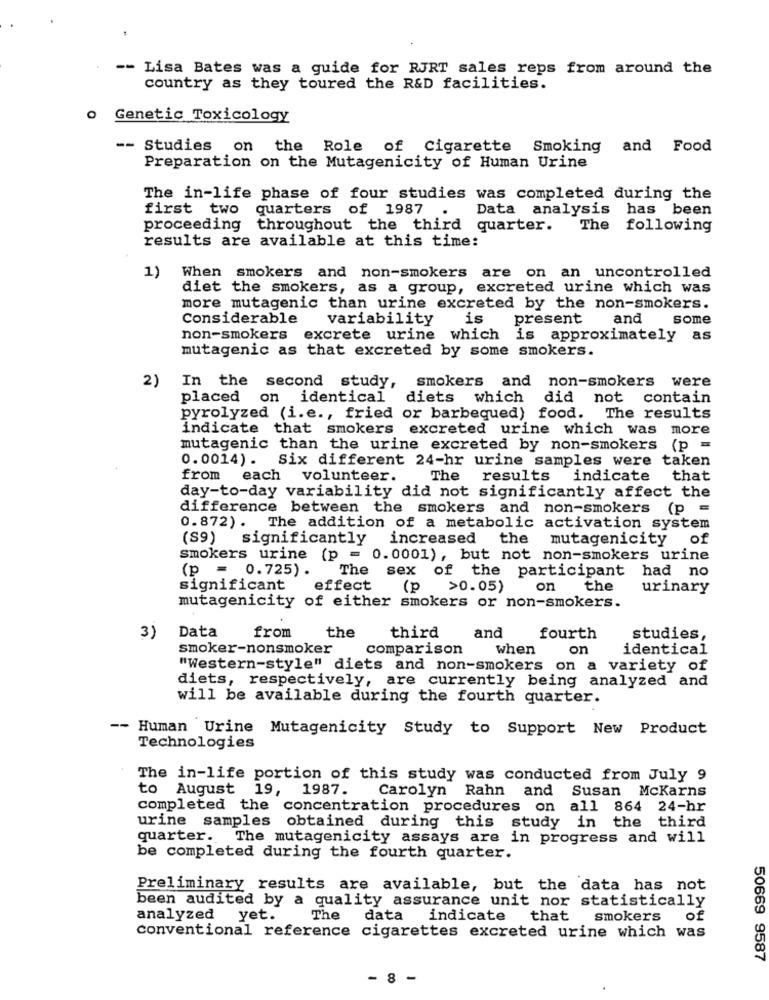
-- Lisa Bates was a guide for RJRT sales reps from around the
country as they toured the R&D facilities.
o Genetic Toxicology
-- Studies on the Role of Cigarette Smoking and Food
Preparation on the Mutagenicity of Human Urine
The in-life phase of four studies was completed during the
first two quarters of 1987
Data analysis has been
proceeding throughout the third quarter.
The
following
results are available at this time:
1) When smokers and non-smokers are on an uncontrolled
diet the smokers, as a group, excreted urine which was
more mutagenic than urine excreted by the non-smokers.
Considerable
variability
is
present
and
some
non-smokers
excrete urine which is approximately as
mutagenic as that excreted by some smokers.
2)
smokers and non-smokers were
In the second study,
placed on identical
diets which
did
not contain
pyrolyzed (i.e ., fried or barbequed) food. The results
indicate that smokers
excreted urine which was more
mutagenic than the urine excreted by non-smokers (p =
0.0014) .
Six different 24-hr urine samples were taken
from
each volunteer.
The results
indicate
that
day-to-day variability did not significantly affect the
difference between the smokers and non-smokers (p =
0.872). The addition of a metabolic activation system
(S9)
significantly increased
the
mutagenicity of
smokers urine (p = 0.0001), but not non-smokers urine
(p = 0.725).
The sex of the participant had no
significant
effect
(p
>0.05)
on
the
urinary
mutagenicity of either smokers or non-smokers.
Data
3)
from
the
third
and
fourth
studies,
smoker-nonsmoker
comparison
when
on
identical
"Western-style" diets and non-smokers on a variety of
diets, respectively, are currently being analyzed and
will be available during the fourth quarter.
-- Human Urine Mutagenicity Study to Support New Product
Technologies
The in-life portion of this study was conducted from July 9
to August 19, 1987.
Carolyn Rahn and Susan McKarns
completed the concentration procedures on all 864 24-hr
urine samples obtained during this study in the third
quarter. The mutagenicity assays are in progress and will
be completed during the fourth quarter.
Preliminary results are available, but the data has not
been audited by a quality assurance unit nor statistically
analyzed yet.
The
data
indicate that smokers
conventional reference cigarettes excreted urine which was
50669 9587
- 8 -